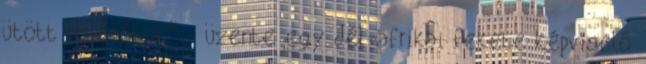
ütött az órátok" - üzente egy dél-afrikai fekete képviselő